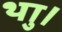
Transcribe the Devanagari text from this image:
थाु।